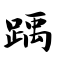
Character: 踽